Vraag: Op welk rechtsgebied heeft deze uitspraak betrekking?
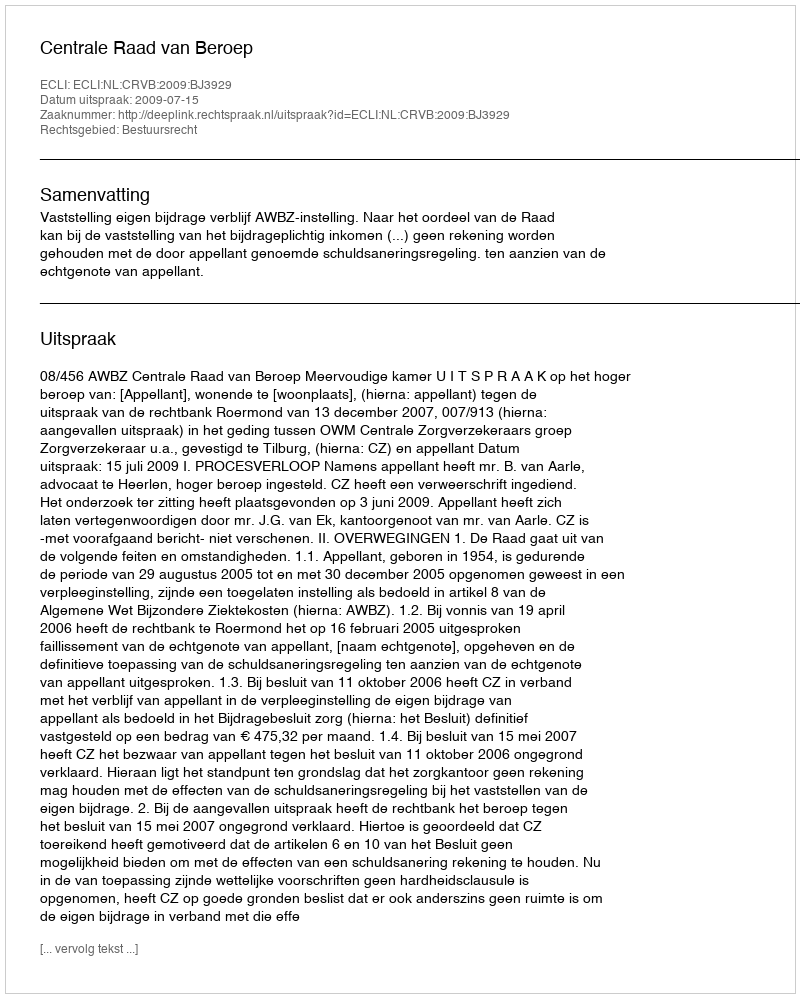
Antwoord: Bestuursrecht